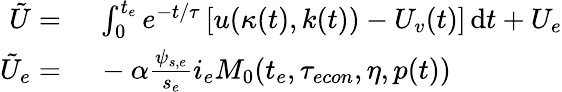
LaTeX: \begin{array}{rl}{\tilde{U}=}&{{}\ \int_{0}^{t_{e}}e^{-t/\tau}\left[u(\kappa(t),k(t))-U_{v}(t)\right]\, \mathrm{d}t+U_{e}}\\ {\tilde{U}_{e}=}&{{}\ -\alpha\frac{\psi_{s,e}}{s_{e}}i_{e}M_{0}(t_{e},{\tau_{econ}},\eta,p(t))}\end{array}